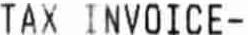
TAX INVOICE-